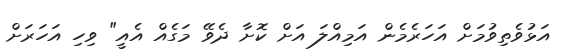
އަޅުވެތިވުމަށް އަހަރެމެން އަމިއްލަ އަށް ކޮށާ ދެވޭ މަގެއް އެއީ" ވިހި އަހަރަށް